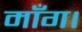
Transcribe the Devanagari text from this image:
माँग।